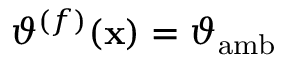
\vartheta ^ { ( f ) } ( \mathbf { x } ) = \vartheta _ { \mathrm { a m b } }